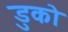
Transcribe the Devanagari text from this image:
डुको